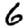
Digit: 6